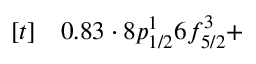
\begin{array} { r l } { [ t ] } & { { } 0 . 8 3 \cdot 8 p _ { 1 / 2 } ^ { 1 } 6 f _ { 5 / 2 } ^ { 3 } + } \end{array}